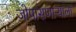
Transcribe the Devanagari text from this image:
जोपासणाऱ्याला